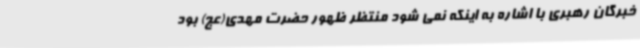
خبرگان رهبری با اشاره به اینکه نمی شود منتظر ظهور حضرت مهدی(عج) بود